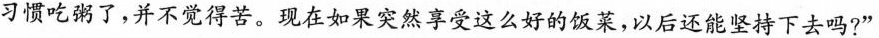
习惯吃粥了，并不觉得苦。现在如果突然享受这么好的饭菜，以后还能坚持下去吗?”